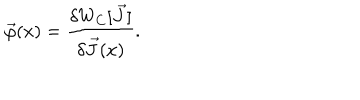
\vec { \varphi } ( x ) = \frac { \delta W _ { C } [ \vec { J } ] } { \delta \vec { J } ( x ) } .